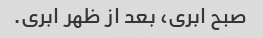
صبح ابری، بعد از ظهر ابری.